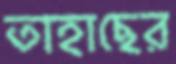
তাহাছের